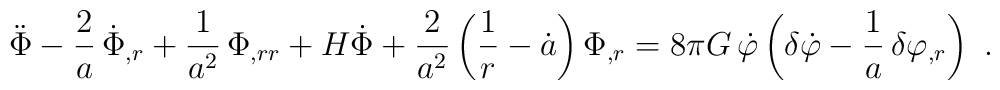
\ddot{\Phi} - \frac{2}{a}\, \dot{\Phi}_{,r} +   \frac{1}{a^2}\, \Phi_{,rr} + H\dot{\Phi} + \frac{2}{a^2} \left(\frac{1}{r} - \dot{a}\right) \Phi_{,r}= 8\pi G\, \dot{\varphi} \left( \delta\dot{\varphi} - \frac{1}{a}\, \delta\varphi_{,r} \right) \ .